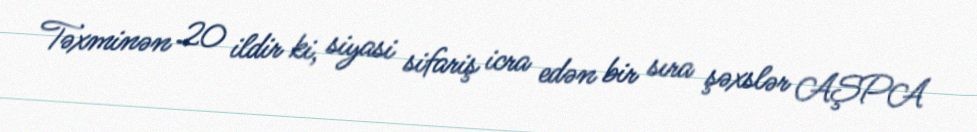
Təxminən 20 ildir ki, siyasi sifariş icra edən bir sıra şəxslər AŞPA